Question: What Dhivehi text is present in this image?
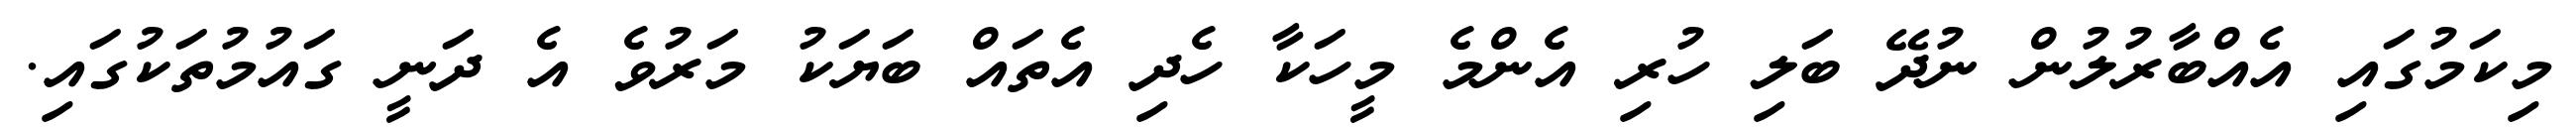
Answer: މިކަމުގައި އެއްބާރުލުން ނުދޭ ބަލި ހުރި އެންމެ މީހަކާ ހެދި އެތައް ބަޔަކު މަރުވެ އެ ދަނީ ގައުމުތަކުގައި.